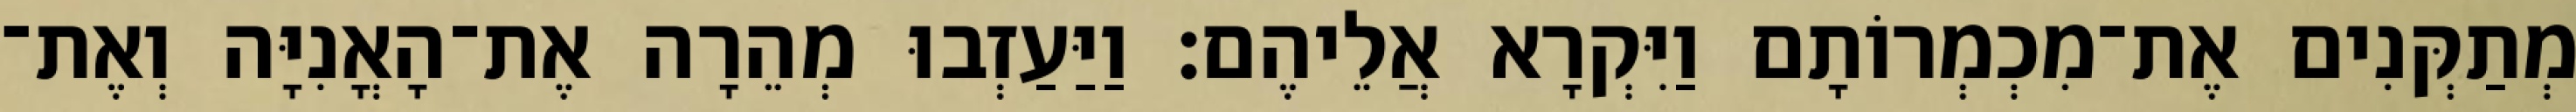
מְתַקְּנִים אֶת־מִכְמְרוֹתָם וַיִּקְרָא אֲלֵיהֶם׃ וַיַּעַזְבוּ מְהֵרָה אֶת־הָאֳנִיָּה וְאֶת־